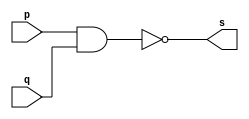
// ------------------------- 
// Exemplo0006 - NAND 
// Nome: Lus Vasconcelos Dias 
// ------------------------- 

// ------------------------- 
// -- nand gate 
// ------------------------- 
	module nandgate ( output s, input p, input q); 
	assign s = ~(p & q); 
	endmodule // nandgate
	
// --------------------- 
// -- test nand gate 
// --------------------- 
	module testnandgate; 
// ------------------------- dados locais 
	reg a, b; // definir registradores 
	wire s; // definir conexao (fio) 
// ------------------------- instancia 
	nandgate NAND1 (s, a, b); 
// ------------------------- preparacao 
	initial begin:start 
	a=0; b=0; 
	end 
// ------------------------- parte principal 
	initial begin 
		$display("Exemplo0006 - Lus Vasconcelos Dias - 412753"); 
		$display("Test NAND gate"); 
		$display("\na & b = s\n"); 
		a=0; b=0; 
	#1 $display("%b & %b = %b", a, b, s); 
		a=0; b=1; 
	#1 $display("%b & %b = %b", a, b, s); 
		a=1; b=0; 
	#1 $display("%b & %b = %b", a, b, s); 
		a=1; b=1; 
	#1 $display("%b & %b = %b", a, b, s); 
	end 

endmodule // testnandgate 

//------------------------ testes

/*	
	Test NAND gate

	a & b = s

	0 & 0 = 1
	0 & 1 = 1
	1 & 0 = 1
	1 & 1 = 0
*/